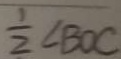
\frac { 1 } { 2 } \angle B O C